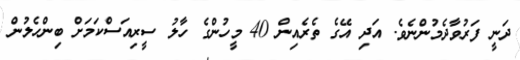
ދަނީ ފަރުވާދެމުންނެވެ. އަދި އޭގެ ތެރެއިން 40 މީހުންގެ ހާލު ސީރިއަސްކަަމަށް ބިންހެލުން